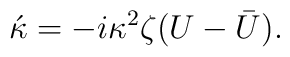
\acute{\kappa} = -i\kappa^{2}\zeta(U - \bar{U}).